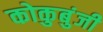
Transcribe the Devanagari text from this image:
कोकुबुंजी